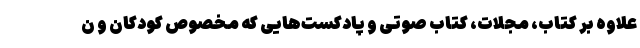
علاوه بر کتاب، مجلات، کتاب صوتی و پادکست‌هایی که مخصوص کودکان و ن